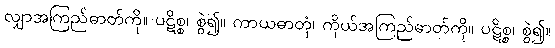
လျှာအကြည်ဓာတ်ကို။ ပဋိစ္စ၊ စွဲ၍။ ကာယဓာတုံ၊ ကိုယ်အကြည်ဓာတ်ကို။ ပဋိစ္စ၊ စွဲ၍။